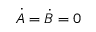
\dot { A } = \dot { B } = 0